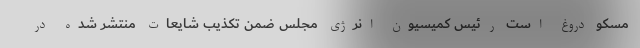
مسکو دروغ است رئیس کمیسیون انرژی مجلس ضمن تکذیب شایعات منتشر شده در